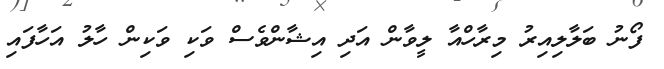
ފޯނު ބަލާލިއިރު މިރާހްއާ ލީވާން އަދި އިޝާންވެސް ވަކި ވަކިން ހާލު އަހާފައި